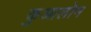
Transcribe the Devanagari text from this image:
कुआलोन